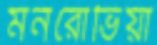
মনরোভিয়া